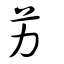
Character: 艻